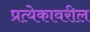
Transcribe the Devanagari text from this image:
प्रत्येकावरील